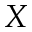
X